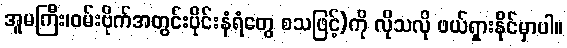
အူမကြီး၊ဝမ်းဗိုက်အတွင်းပိုင်းနံရံတွေ စသဖြင့်)ကို လိုသလို ဖယ်ရှားနိုင်မှာပါ။